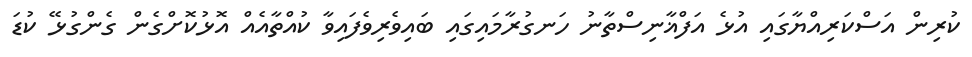
ކުރިން އަސްކަރިއްޔާގައި އުޅެ އަފްޣާނިސްތާނު ހަނގުރާމައިގައި ބައިވެރިވެފައިވާ ކުއްތާއެއް އޮޅުކޮށްގެން ގެންގުޅޭ ކުޑަ